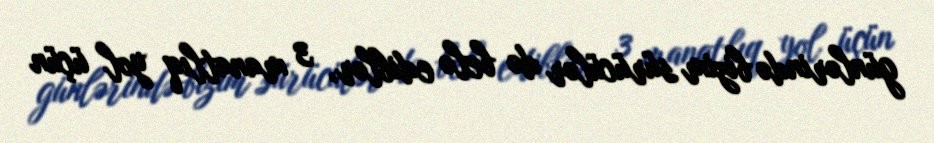
günlərində bizim sürücülər də belə ediblər, 3 manatlıq yol üçün